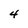
Character: 4